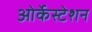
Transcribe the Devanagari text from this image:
ओर्केस्टेशन